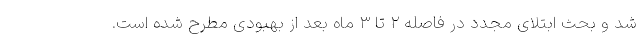
شد و بحث ابتلای مجدد در فاصله ۲ تا ۳ ماه بعد از بهبودی مطرح شده است.